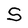
Character: S